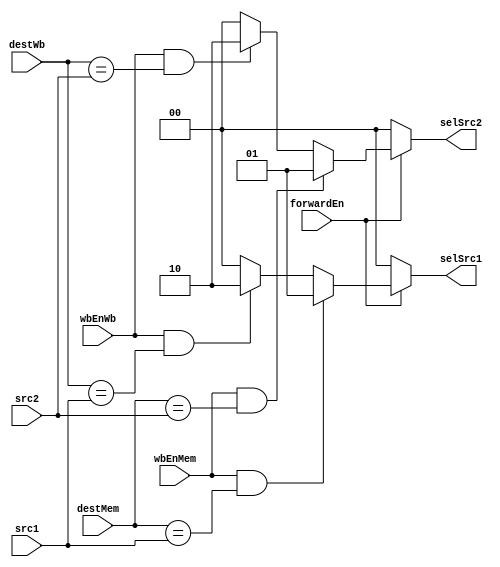
module ForwardingUnit(
    input forwardEn,
    input [3:0] src1, src2,
    input wbEnMem, wbEnWb,
    input [3:0] destMem, destWb,
    output reg [1:0] selSrc1, selSrc2
);
    always @(forwardEn, src1, wbEnMem, wbEnWb, destMem, destWb) begin
        selSrc1 = 2'b00;
        if (forwardEn) begin
            if (wbEnMem && (destMem == src1)) begin
                selSrc1 = 2'b01;
            end
            else if (wbEnWb && (destWb == src1)) begin
                selSrc1 = 2'b10;
            end
        end
    end

    always @(forwardEn, src2, wbEnMem, wbEnWb, destMem, destWb) begin
        selSrc2 = 2'b00;
        if (forwardEn) begin
            if (wbEnMem && (destMem == src2)) begin
                selSrc2 = 2'b01;
            end
            else if (wbEnWb && (destWb == src2)) begin
                selSrc2 = 2'b10;
            end
        end
    end
endmodule